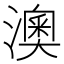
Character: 澳